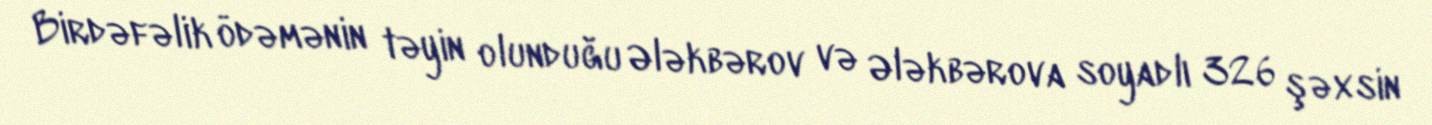
Birdəfəlik ödəmənin təyin olunduğu Ələkbərov və Ələkbərova soyadlı 326 şəxsin